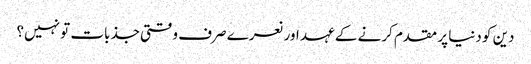
دین کو دنیا پر مقدم کرنے کے عہد اور نعرے صرف وقتی جذبات تو نہیں؟